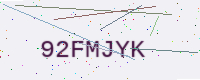
Text: 92FMJYK